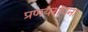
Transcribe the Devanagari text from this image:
प्रणयराधना